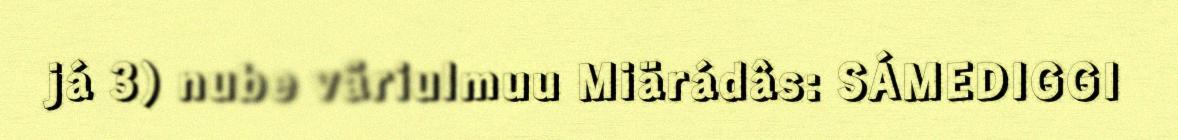
já 3) nube väriulmuu Miärádâs: SÁMEDIGGI